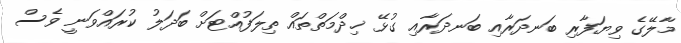
މާލޭގެ ވިޔަފާރި ބަނދަރާއި ބަނދަރާއި ގުޅޭ ޚިދްމަތްތައް ތިލަފުއްޓަށް ބަދަލު ކުރައްވަނީ ވެސް